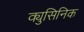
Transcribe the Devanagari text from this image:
क्युसिनिक